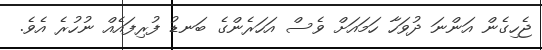
ޖެހިގެން އަންނަ ދުވަހާ ހަމައަށް ވެސް އަހަރެންގެ ބަނޑު ފުރިފައެއް ނުހުރެ އެވެ.